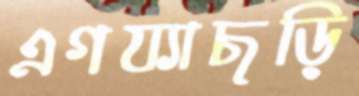
এগয্যাছড়ি